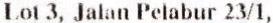
LOT 3, JALAN PELABUR 23/1,